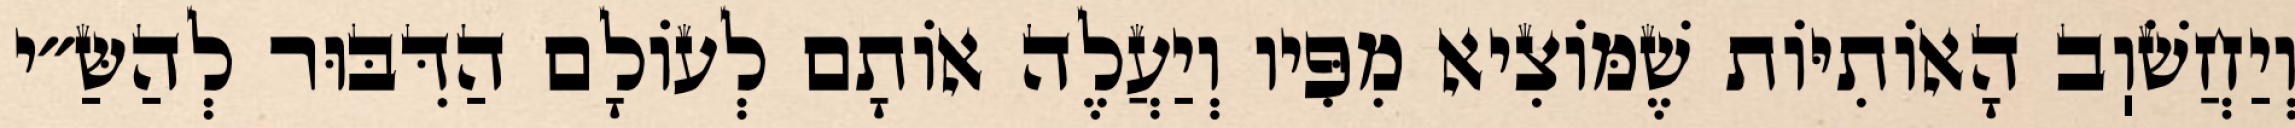
וְיַחֲשֹׁוֽב הָאוֹתִיּוֹת שֶׁמּוֹצִיא מִפִּיו וְיַעֲלֶה אוֹתָם לְעוֹלָם הַדִּבּוּר לְהַשַּ״י